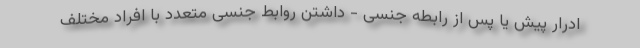
ادرار پیش یا پس از رابطه جنسی - داشتن روابط جنسی متعدد با افراد مختلف